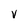
Character: v